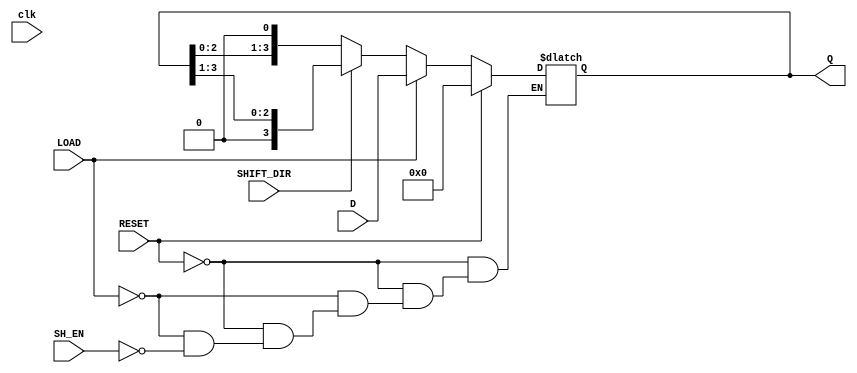
module async_shift_counter (
    input wire clk,          // Clock signal (not used for synchronous counting)
    input wire SH_EN,       // Shift Enable
    input wire LOAD,        // Load new value
    input wire RESET,       // Reset the counter
    input wire [3:0] D,     // Input data for loading
    input wire SHIFT_DIR,   // Shift Direction: 0 for left, 1 for right
    output reg [3:0] Q      // Counter output
);

// Asynchronous reset and load logic
always @(*) begin
    if (RESET) begin
        Q = 4'b0000; // Reset counter to 0
    end else if (LOAD) begin
        Q = D; // Load new value into counter
    end else if (SH_EN) begin
        if (SHIFT_DIR == 1'b0) begin
            // Shift left
            Q = {Q[2:0], 1'b0}; // Shift left and fill with 0
        end else begin
            // Shift right
            Q = {1'b0, Q[3:1]}; // Shift right and fill with 0
        end
    end
end

endmodule